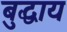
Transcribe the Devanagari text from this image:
बुद्धाय